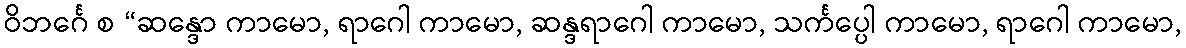
ဝိဘင်္ဂေ စ “ဆန္ဒော ကာမော, ရာဂေါ ကာမော, ဆန္ဒရာဂေါ ကာမော, သင်္ကပ္ပေါ ကာမော, ရာဂေါ ကာမော,